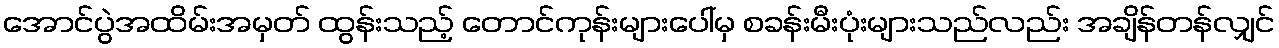
အောင်ပွဲအထိမ်းအမှတ် ထွန်းသည့် တောင်ကုန်းများပေါ်မှ စခန်းမီးပုံးများသည်လည်း အချိန်တန်လျှင်